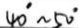
4 0 ^ { \circ } \sim 5 0 ^ { \circ }